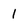
Character: 1